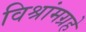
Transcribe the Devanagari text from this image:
विश्रांमग्रहे